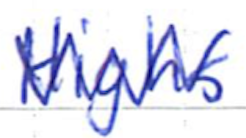
Text: Highs
Cross-out: zig-zag
Writing tool: ballpoint